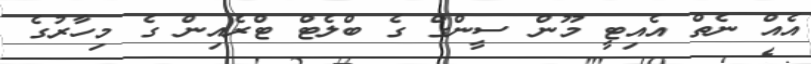
އެއް ނެތް އެއިޓީ މޫން ސީންގް ގެ ބްލެޓް ޓްރެއިން ގެ މިހާރުގެ